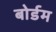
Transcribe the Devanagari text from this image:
बोर्डम